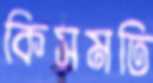
কিসমতি